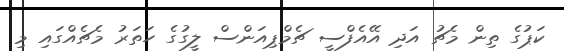
ކަޕުގެ ތިން މެޗު އަދި އޭއެފްސީ ޗެމްޕިއަންސް ލީގުގެ ހަތަރު މެޗެއްގައި މި